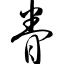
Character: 眷